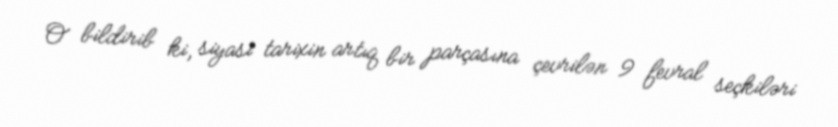
O bildirib ki, siyasi tarixin artıq bir parçasına çevrilən 9 fevral seçkiləri